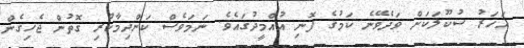
އަހަރު ސުކޫލަކަށް ވަދެވޭނެ ކަމުގެ ފޮނި އުއްމީދުގައެވެ. ނަމަވެސް ކަންދިމާކުރި ގޮތުން ޖެހިގެން